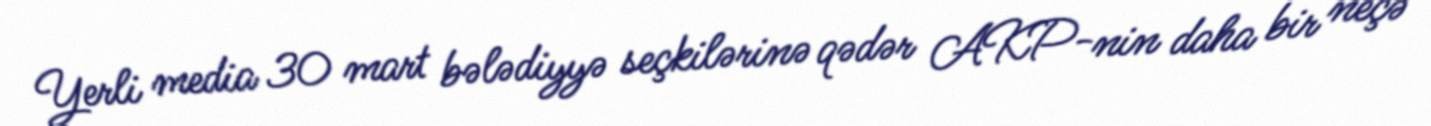
Yerli media 30 mart bələdiyyə seçkilərinə qədər AKP-nin daha bir neçə